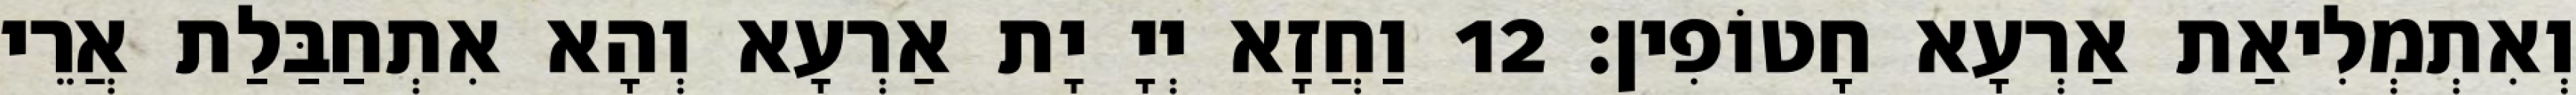
וְאִתְמְלִיאַת אַרְעָא חָטוֹפִין׃ 12 וַחֲזָא יְיָ יָת אַרְעָא וְהָא אִתְחַבַּלַת אֲרֵי